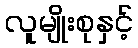
လူမျိုးစုနှင့်